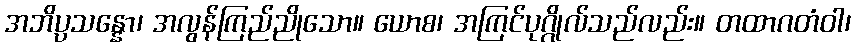
အဘိပ္ပသန္နော၊ အလွန်ကြည်ညိုသော။ ယောစ၊ အကြင်ပုဂ္ဂိုလ်သည်လည်း။ တထာဂတံဝါ၊